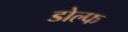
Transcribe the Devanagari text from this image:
डोल्फ